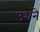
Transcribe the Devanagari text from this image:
उथने